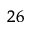
^ { 2 6 }